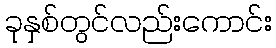
ခုနှစ်တွင်လည်းကောင်း